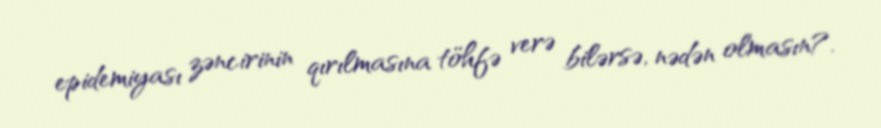
epidemiyası zəncirinin qırılmasına töhfə verə bilərsə, nədən olmasın?.